Report on the working of the mental hospitals for Indians in Bihar and Orissa - 1925-1929
Year: 1925
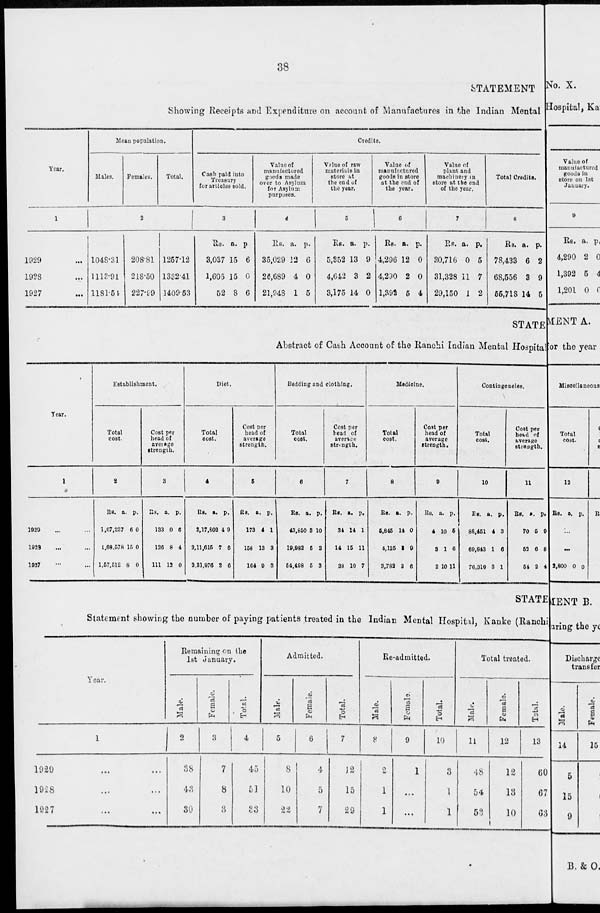
38
STATEMENT
Showing Receipts and Expenditure on account of Manufactures in the Indian Mental
Year.
1
1929 ...
1928 ...
1927 ...
Mean population.
Males.
Females.
Total.
2
1048.31
1113.91
1181.54
208.81
218.50
227.99
1257.12
1332.41
1409.53
Credits.
Cash paid into
Treasury
for articled sold.
3
Rs.
3,037
1,605
52
a.
15
15
8
p.
6
0
6
Value of
manufactured
goods made
over to Asylum
for Asylum
purposes.
4
Rs.
35,029
26,689
21,948
a.
12
4
1
p.
6
0
5
Value of raw
materials in
store at
the end of
the year.
5
Rs.
5,352
4,642
3,175
a.
13
3
14
p.
9
2
0
Value of
manufactured
goods in store
at the end of
the year.
6
Rs.
4,296
4,290
1,392
a.
12
2
5
p.
0
0
4
Value of
plant and
machinery in
store at the end
of the year.
7
Rs.
30,716
31,328
29,150
a.
0
11
1
p.
5
7
2
Total Credits.
8
Rs.
78,433
68,556
55,718
a.
6
3
14
p.
2
9
5
STATE
Abstract of Cash Account of the Ranchi Indian Mental Hospital
Year.
1
1929 ... ...
1929 ... ...
1927 ... ...
Establishment.
Total
cost.
2
Rs.
1,67,237
1,68,578
1,57,512
a.
6
15
8
p.
0
0
0
Cost per
head of
average
strength.
3
Rs.
133
126
111
a.
0
8
12
p.
6
4
0
Diet.
Total
cost.
4
Rs.
2,17,802
2,11,615
2,31,976
a.
4
7
2
p.
9
6
6
Cost per
head of
average
strength.
5
Rs.
173
158
164
a.
4
13
9
p.
1
3
3
Bedding and clothing.
Total
cost.
6
Rs.
43,850
19,982
54,498
a.
3
5
5
p.
10
3
3
Cost per
head of
average
strength.
7
Rs.
34
14
38
a.
14
15
10
p.
1
11
7
Medicine.
Total
cost.
8
Rs.
5,845
4,125
3,782
a.
14
3
2
p.
0
9
6
Cost per
head of
average
strength.
9
Rs.
4
3
2
a.
10
1
10
p.
5
6
11
Contingencies.
Total
cost.
10
Rs.
88,451
69,843
76,319
a.
4
1
3
p.
3
6
1
Cost per
head of
average
strength.
11
Rs.
70
52
54
a.
5
6
2
p.
9
8
4
STATE
Statement showing the number of paying patients treated in the Indian Mental Hospital, Kanke (Ranchi
Year.
1
1929 ... ...
1928 ... ...
1927 ... ...
Remaining on the
1st January.
Male.
2
38
43
30
Female.
3
7
8
3
Total.
4
45
51
33
Admitted.
Male.
5
8
10
22
Female.
6
4
5
7
Total.
7
12
15
29
Re-admitted.
Male.
8
2
1
1
Female.
9
1
...
...
Total.
10
3
1
1
Total treated.
Male.
11
48
54
53
Female.
12
12
13
10
Total.
13
60
67
63